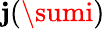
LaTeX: \mathbf{j}(\sumi)